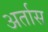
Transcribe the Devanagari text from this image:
अर्तास